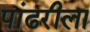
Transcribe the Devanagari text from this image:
पांढरीला